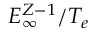
E _ { \infty } ^ { Z - 1 } / T _ { e }